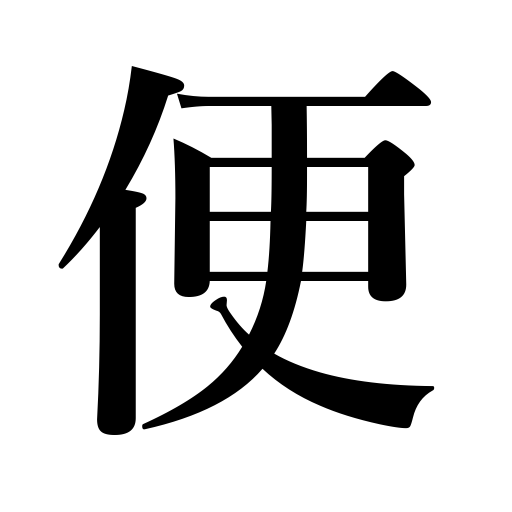
Meanings: excreta,mail,facility,chance,tidings,letter,convenience,evacuation,stools,connection,news